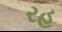
રહ